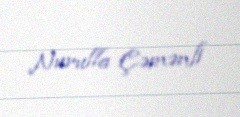
Nurulla Çəmənli